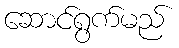
ဆောင်ရွက်မည်